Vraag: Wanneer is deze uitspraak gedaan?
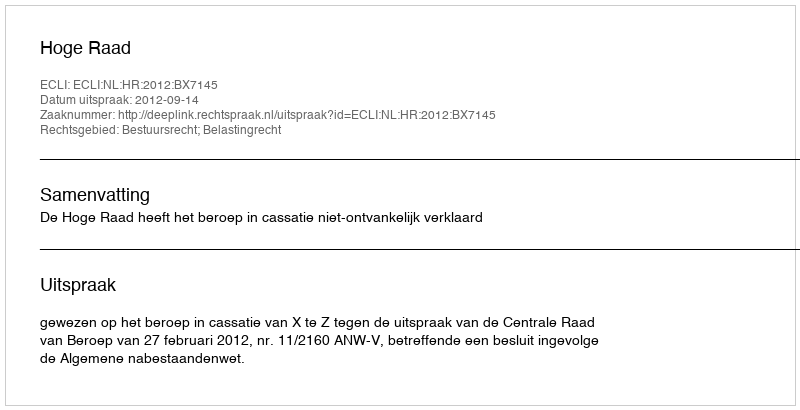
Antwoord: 2012-09-14